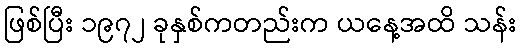
ဖြစ်ပြီး ၁၉၇၂ ခုနှစ်ကတည်းက ယနေ့အထိ သန်း